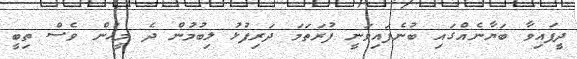
ދީފައިވާ ބަޔާނެއްގައި ބުނެފައިވަނީ ފުރަތަމަ ދަރިފުޅު ލިބުމުން ދެ މީހުން ވެސް ތިބީ